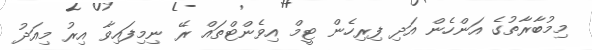
މިމުބާރާތުގެ އަންހެން އަދި ފިރިހެން ޓީމް އިވެންޓްތައް ރޭ ނިމިފައިވާ އިރު މިއަދު